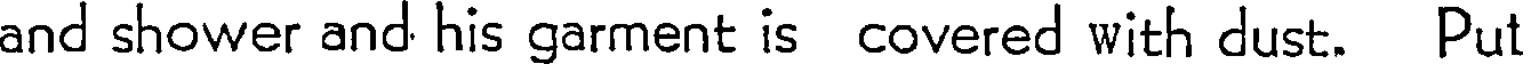
and shower and his garment is covered with dust. Put